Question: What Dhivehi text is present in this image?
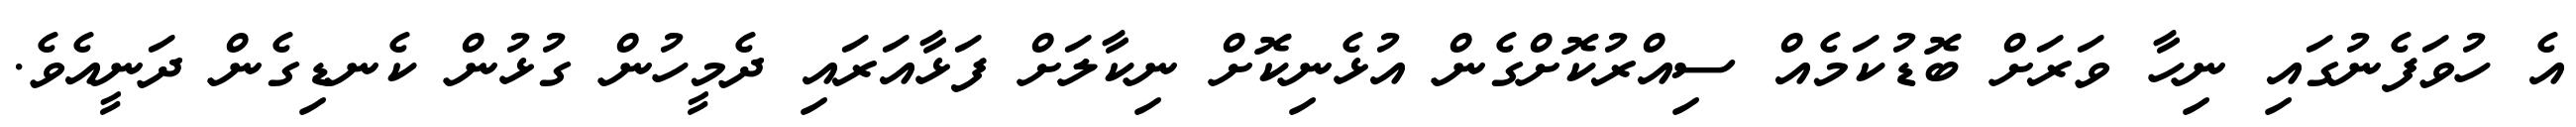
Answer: އެ ހުވަފެނުގައި ނިހާ ވަރަށް ބޮޑުކަމެއް ސިއްރުކޮށްގެން އުޅެނިކޮށް ނިކާލަށް ފަޅާއަރައި ދެމީހުން ގުޅުން ކެނޑިގެން ދަނީއެވެ.